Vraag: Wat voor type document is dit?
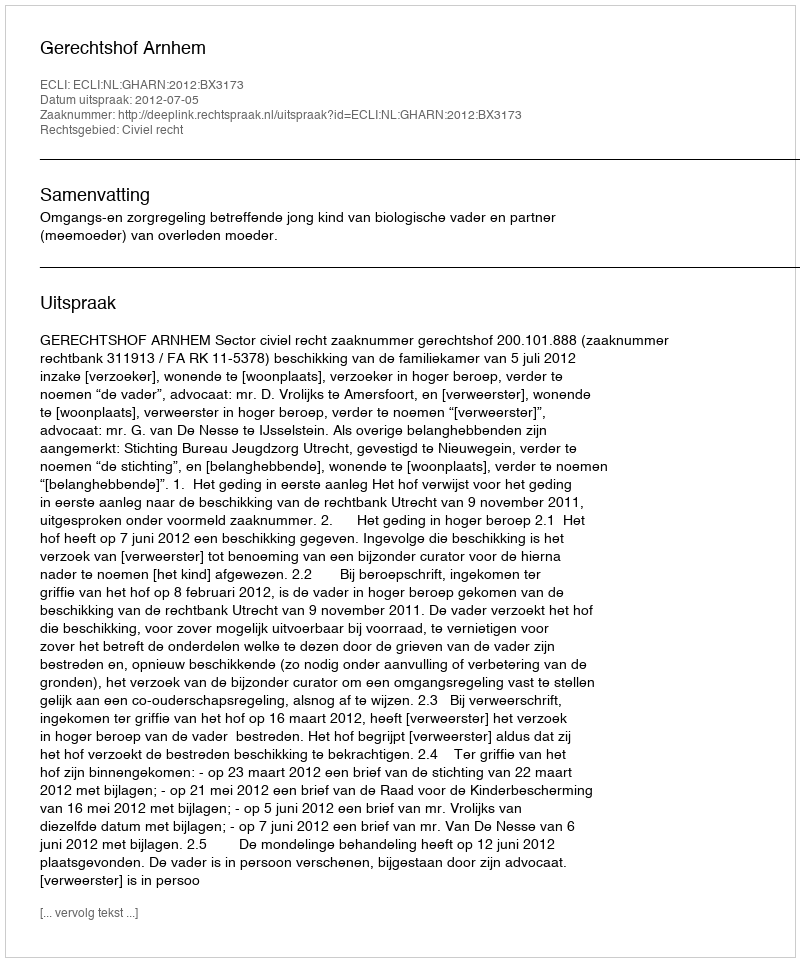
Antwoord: Uitspraak